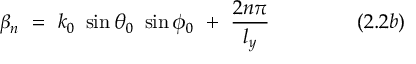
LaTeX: \beta _ { n } ~ = ~ k _ { 0 } ~ \sin \theta _ { 0 } ~ \sin \phi _ { 0 } ~ + ~ { \frac { 2 n \pi } { l _ { y } } } ~ ~ ~ ~ ~ ~ ~ ~ ~ ~ ~ ~ ~ ( 2 . 2 b )